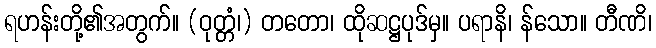
ရဟန်းတို့၏အတွက်။ (ဝုတ္တံ၊) တတော၊ ထိုဆဋ္ဌပုဒ်မှ။ ပရာနိ၊ န်သော။ တီဏိ၊